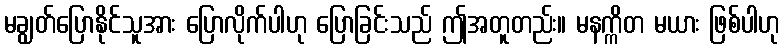
မချွတ်ပြောနိုင်သူအား ပြောလိုက်ပါဟု ပြောခြင်းသည် ဤအတူတည်း။ မနက္ကိတ မယား ဖြစ်ပါဟု